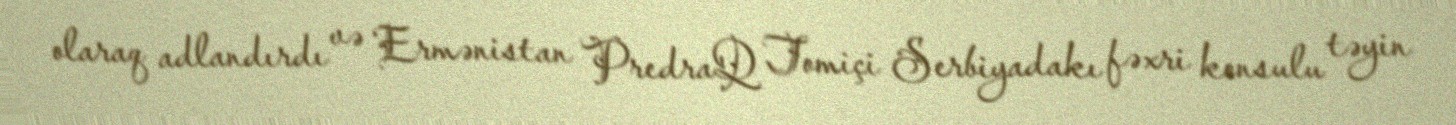
olaraq adlandırdı və Ermənistan PredraQ Tomiçi Serbiyadakı fəxri konsulu təyin